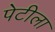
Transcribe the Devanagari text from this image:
पेटीला